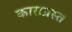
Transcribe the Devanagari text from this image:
काराग्रस्त